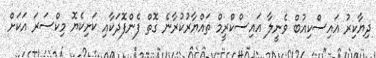
ދިޔާކިރު އައިސްކިއުބް ވެނީލާ އައިސްކްރީމް ތައްޔާރުކުރާނެ ގޮތް ފެންފޮދަކާއި ކަށިކެޔޮ މިކްސަރަ އަކަށް